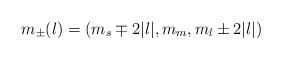
LaTeX: \begin{align*}m_\pm (l) = (m_s \mp 2 |l|, m_m, m_l \pm 2 |l|)\end{align*}